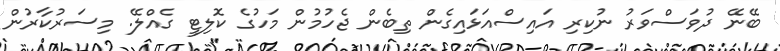
ބޭނޭ ދުވަސްވަރު ނުކިރި އައިސްއަޅައިގެން ތިބެން ޖެހުމުން މަހުގެ ކޮލިޓީ ގެއްލޭ. މިސަރުކާރުން